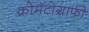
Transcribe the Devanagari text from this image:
क्रोमॅटोग्राफी